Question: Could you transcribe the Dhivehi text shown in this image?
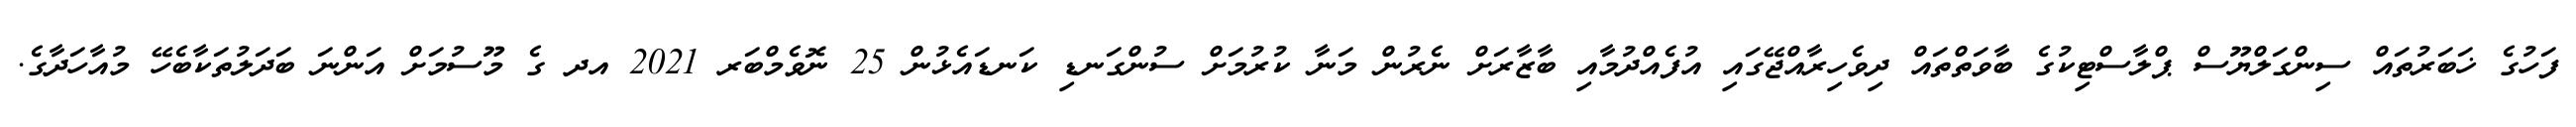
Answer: ފަހުގެ ޚަބަރުތައް ސިންގަލްޔޫސް ޕްލާސްޓިކުގެ ބާވަތްތައް ދިވެހިރާއްޖޭގައި އުފެއްދުމާއި ބާޒާރަށް ނެރުން މަނާ ކުރުމަށް ސުންގަނޑި ކަނޑައެޅުން 25 ނޮވެމްބަރ 2021 އދ ގެ މޫސުމަށް އަންނަ ބަދަލުތަކާބެހޭ މުއާހަދާގެ.